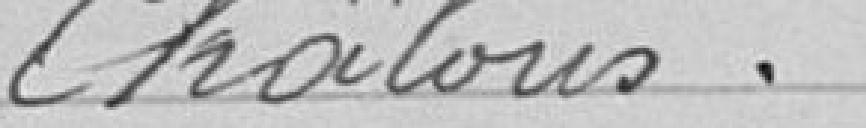
Châlons.